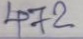
472